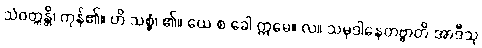
သံဝတ္တန္တိ၊ ကုန်၏။ ဟိ သစ္စံ၊ ၏။ ယေ စ ခေါ ဣမေ။ လ။ သမုဒါနေတဗ္ဗာတိ အာဒီသု